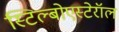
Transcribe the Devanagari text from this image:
स्टिल्बोएस्टेरॉल